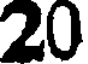
20